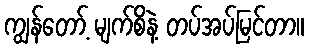
ကျွန်တော့် မျက်စိနဲ့ တပ်အပ်မြင်တာ။